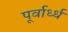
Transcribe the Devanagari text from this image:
पूर्वार्ध्ध